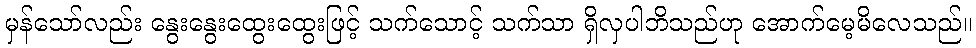
မှန်သော်လည်း နွေးနွေးထွေးထွေးဖြင့် သက်သောင့် သက်သာ ရှိလှပါဘိသည်ဟု အောက်မေ့မိလေသည်။